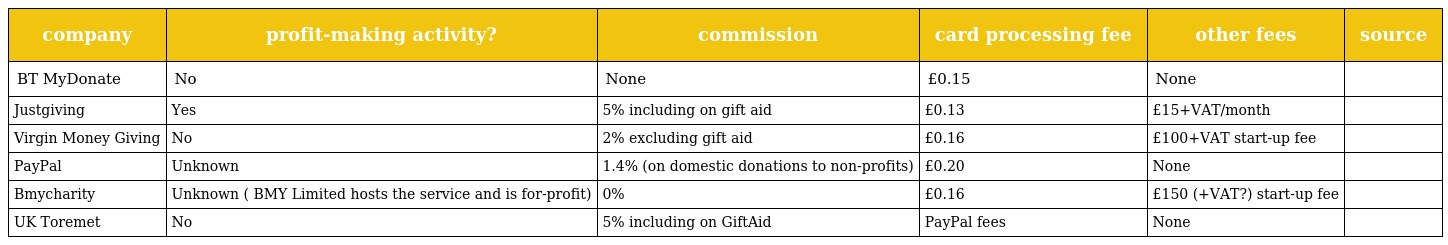
| company | profit-making activity? | commission | card processing fee | other fees | source |
 | --- | --- | --- | --- | --- | --- |
 | BT MyDonate | No | None | £0.15 | None |  |
 | Justgiving | Yes | 5% including on gift aid | £0.13 | £15+VAT/month |  |
 | Virgin Money Giving | No | 2% excluding gift aid | £0.16 | £100+VAT start-up fee |  |
 | PayPal | Unknown | 1.4% (on domestic donations to non-profits) | £0.20 | None |  |
 | Bmycharity | Unknown ( BMY Limited hosts the service and is for-profit) | 0% | £0.16 | £150 (+VAT?) start-up fee |  |
 | UK Toremet | No | 5% including on GiftAid | PayPal fees | None |  |